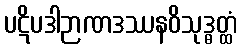
ပဋိပဒါဉာဏဒဿနဝိသုဒ္ဓတ္ထံ